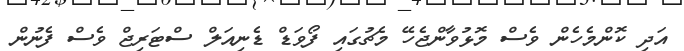
އަދި ކޮންމެހެން ވެސް މޮޅުވާންޖެހޭ މެޗުގައި ފޯވަޑް ޑެނިއަލް ސްޓަރިޖް ވެސް ފެނުން